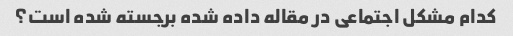
کدام مشکل اجتماعی در مقاله داده شده برجسته شده است؟